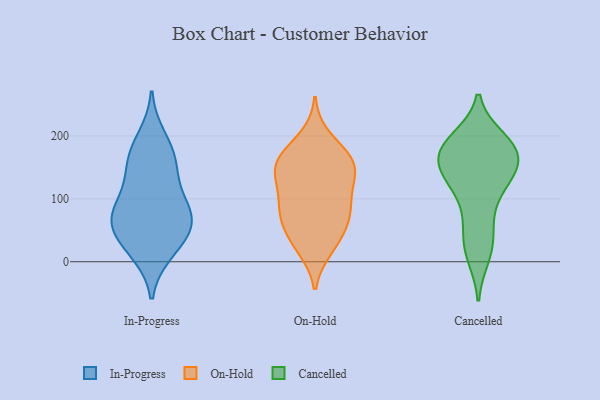
{"axis": {"x": "Satisfaction Score", "y": "Value"}, "legend": ["Cancelled", "In-Progress", "On-Hold"], "data": [{"x": "", "y": 58, "type": "In-Progress"}, {"x": "", "y": 14, "type": "In-Progress"}, {"x": "", "y": 57, "type": "In-Progress"}, {"x": "", "y": 166, "type": "In-Progress"}, {"x": "", "y": 95, "type": "In-Progress"}, {"x": "", "y": 149, "type": "In-Progress"}, {"x": "", "y": 81, "type": "In-Progress"}, {"x": "", "y": 61, "type": "In-Progress"}, {"x": "", "y": 198, "type": "In-Progress"}, {"x": "", "y": 169, "type": "In-Progress"}, {"x": "", "y": 19, "type": "In-Progress"}, {"x": "", "y": 46, "type": "In-Progress"}, {"x": "", "y": 123, "type": "In-Progress"}, {"x": "", "y": 82, "type": "In-Progress"}, {"x": "", "y": 83, "type": "On-Hold"}, {"x": "", "y": 113, "type": "On-Hold"}, {"x": "", "y": 160, "type": "On-Hold"}, {"x": "", "y": 78, "type": "On-Hold"}, {"x": "", "y": 80, "type": "On-Hold"}, {"x": "", "y": 132, "type": "On-Hold"}, {"x": "", "y": 24, "type": "On-Hold"}, {"x": "", "y": 163, "type": "On-Hold"}, {"x": "", "y": 154, "type": "On-Hold"}, {"x": "", "y": 138, "type": "On-Hold"}, {"x": "", "y": 119, "type": "On-Hold"}, {"x": "", "y": 42, "type": "On-Hold"}, {"x": "", "y": 21, "type": "On-Hold"}, {"x": "", "y": 57, "type": "On-Hold"}, {"x": "", "y": 75, "type": "On-Hold"}, {"x": "", "y": 168, "type": "On-Hold"}, {"x": "", "y": 163, "type": "On-Hold"}, {"x": "", "y": 198, "type": "On-Hold"}, {"x": "", "y": 184, "type": "Cancelled"}, {"x": "", "y": 186, "type": "Cancelled"}, {"x": "", "y": 33, "type": "Cancelled"}, {"x": "", "y": 17, "type": "Cancelled"}, {"x": "", "y": 174, "type": "Cancelled"}, {"x": "", "y": 54, "type": "Cancelled"}, {"x": "", "y": 174, "type": "Cancelled"}, {"x": "", "y": 110, "type": "Cancelled"}, {"x": "", "y": 167, "type": "Cancelled"}, {"x": "", "y": 138, "type": "Cancelled"}, {"x": "", "y": 133, "type": "Cancelled"}, {"x": "", "y": 80, "type": "Cancelled"}, {"x": "", "y": 190, "type": "Cancelled"}, {"x": "", "y": 133, "type": "Cancelled"}, {"x": "", "y": 194, "type": "Cancelled"}, {"x": "", "y": 136, "type": "Cancelled"}, {"x": "", "y": 10, "type": "Cancelled"}, {"x": "", "y": 173, "type": "Cancelled"}, {"x": "", "y": 151, "type": "Cancelled"}]}